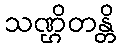
သဏ္ဌိတန္တိ